Subject: eess
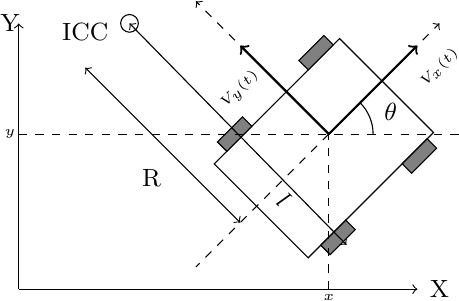
LaTeX code:
\begin{tikzpicture}[scale=1.25]
\begin{scope}[scale=0.9]
\draw [->](-1.5,0)--(-1.5,3);
\draw [->](-1.5,0)--(3,0);
\draw [rotate=45](1.5,-1) rectangle (3.5,0.5);
\draw [fill=gray,rotate=45](1.7,-1.15) rectangle (2.1,-1);
\draw [fill=gray,rotate=45](3,-1.15) rectangle (3.4,-1);
\draw [fill=gray,rotate=45](1.7,0.5) rectangle (2.1,0.65);
\draw [fill=gray,rotate=45](3,0.5) rectangle (3.4,0.65);

\draw [->,thick](2,1.75)--(1,2.75);
\draw (1.0,2.25)node [rotate=45]{\tiny{$V_y(t)$}};
\draw [->,dashed](2,1.75)--(0.5,3.25);
\draw [->,thick](2.0,1.75)--(3,2.75);
\draw (3.25,2.5)node [rotate=45]{\tiny{$V_x(t)$}};
\draw [->,dashed](2.0,1.75)--(3.25,3);
\draw[dashed](2,0)--(2,1.75);
\draw[dashed](-1.5,1.75)--(3.5,1.75);
\draw (2.5,1.75) arc (0:45:0.5);
\draw (2.7,2)node {\small{$\theta$}};
\draw (-1.6,3)node{\small{Y}};
\draw (3.25,0)node{\small{X}};
\draw (2,-0.1)node{\tiny{$x$}};
\draw (-1.6,1.75)node{\tiny{$y$}};
\draw (-0.25,3)circle (1mm);
\draw [<->](2.2,0.5)--(-0.25,3);
\draw [<->](1,0.75)--(-0.75,2.5);
\draw[dashed](2,1.75)--(0.5,0.25);
\draw (-0.75,2.9)node {\small{ICC}};
\draw (-0.0,1.25)node {\small{R}};
\draw (1.5,1) node [rotate=135]{\small{\textsl{l}}};
\end{scope}
\end{tikzpicture}